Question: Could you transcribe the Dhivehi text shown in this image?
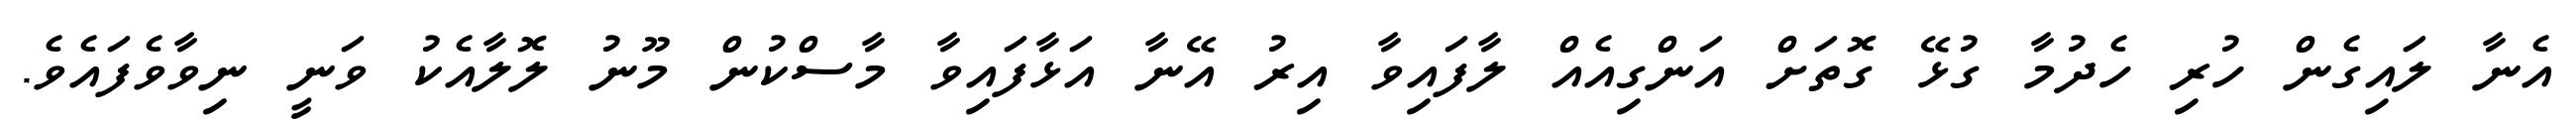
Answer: އެނާ ލައިގެން ހުރި ހެދުމާ ގުޅޭ ގޮތަށް އަންގިއެއް ލާފައިވާ އިރު އޭނާ އަޅާފައިވާ މާސްކުން މޫނު ލޮލާއެކު ވަނީ ނިވާވެފައެވެ.